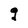
Character: g